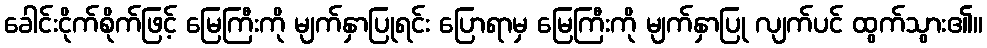
ခေါင်းငိုက်စိုက်ဖြင့် မြေကြီးကို မျက်နှာပြုရင်း ပြောရာမှ မြေကြီးကို မျက်နှာပြု လျက်ပင် ထွက်သွား၏။